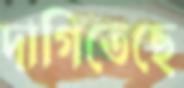
দাগিতেছে